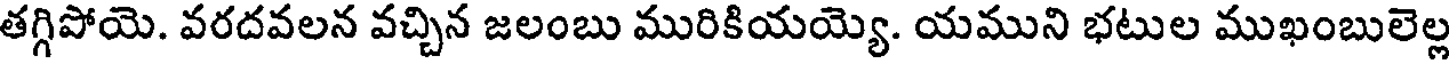
తగ్గిపోయె. వరదవలన వచ్చిన జలంబు మురికియయ్యె. యముని భటుల ముఖంబులెల్ల